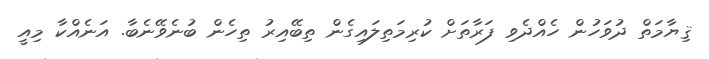
ޤިޔާމަތް ދުވަހުން ހެއްދެވި ފަރާތަށް ކުރިމަތިލައިގެން ތިބޭއިރު ތިހެން ބުނެވޭނެބާ. އަނެއްކާ މިއީ